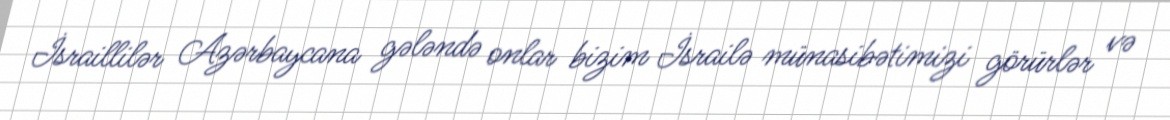
İsraillilər Azərbaycana gələndə onlar bizim İsrailə münasibətimizi görürlər və